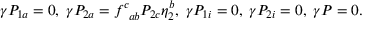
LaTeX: \gamma { \cal P } _ { 1 a } = 0 , \; \gamma { \cal P } _ { 2 a } = f _ { \; \; a b } ^ { c } { \cal P } _ { 2 c } \eta _ { 2 } ^ { b } , \; \gamma { \cal P } _ { 1 i } = 0 , \; \gamma { \cal P } _ { 2 i } = 0 , \; \gamma { \cal P } = 0 .